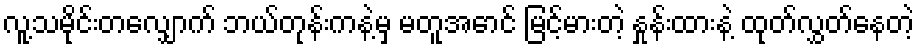
လူ့သမိုင်းတလျှောက် ဘယ်တုန်းကနဲ့မှ မတူအောင် မြင့်မားတဲ့ နှုန်းထားနဲ့ ထုတ်လွှတ်နေတဲ့